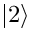
\vert 2 \rangle